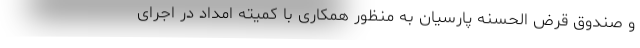
و صندوق قرض الحسنه پارسیان به منظور همکاری با کمیته امداد در اجرای